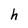
Character: h